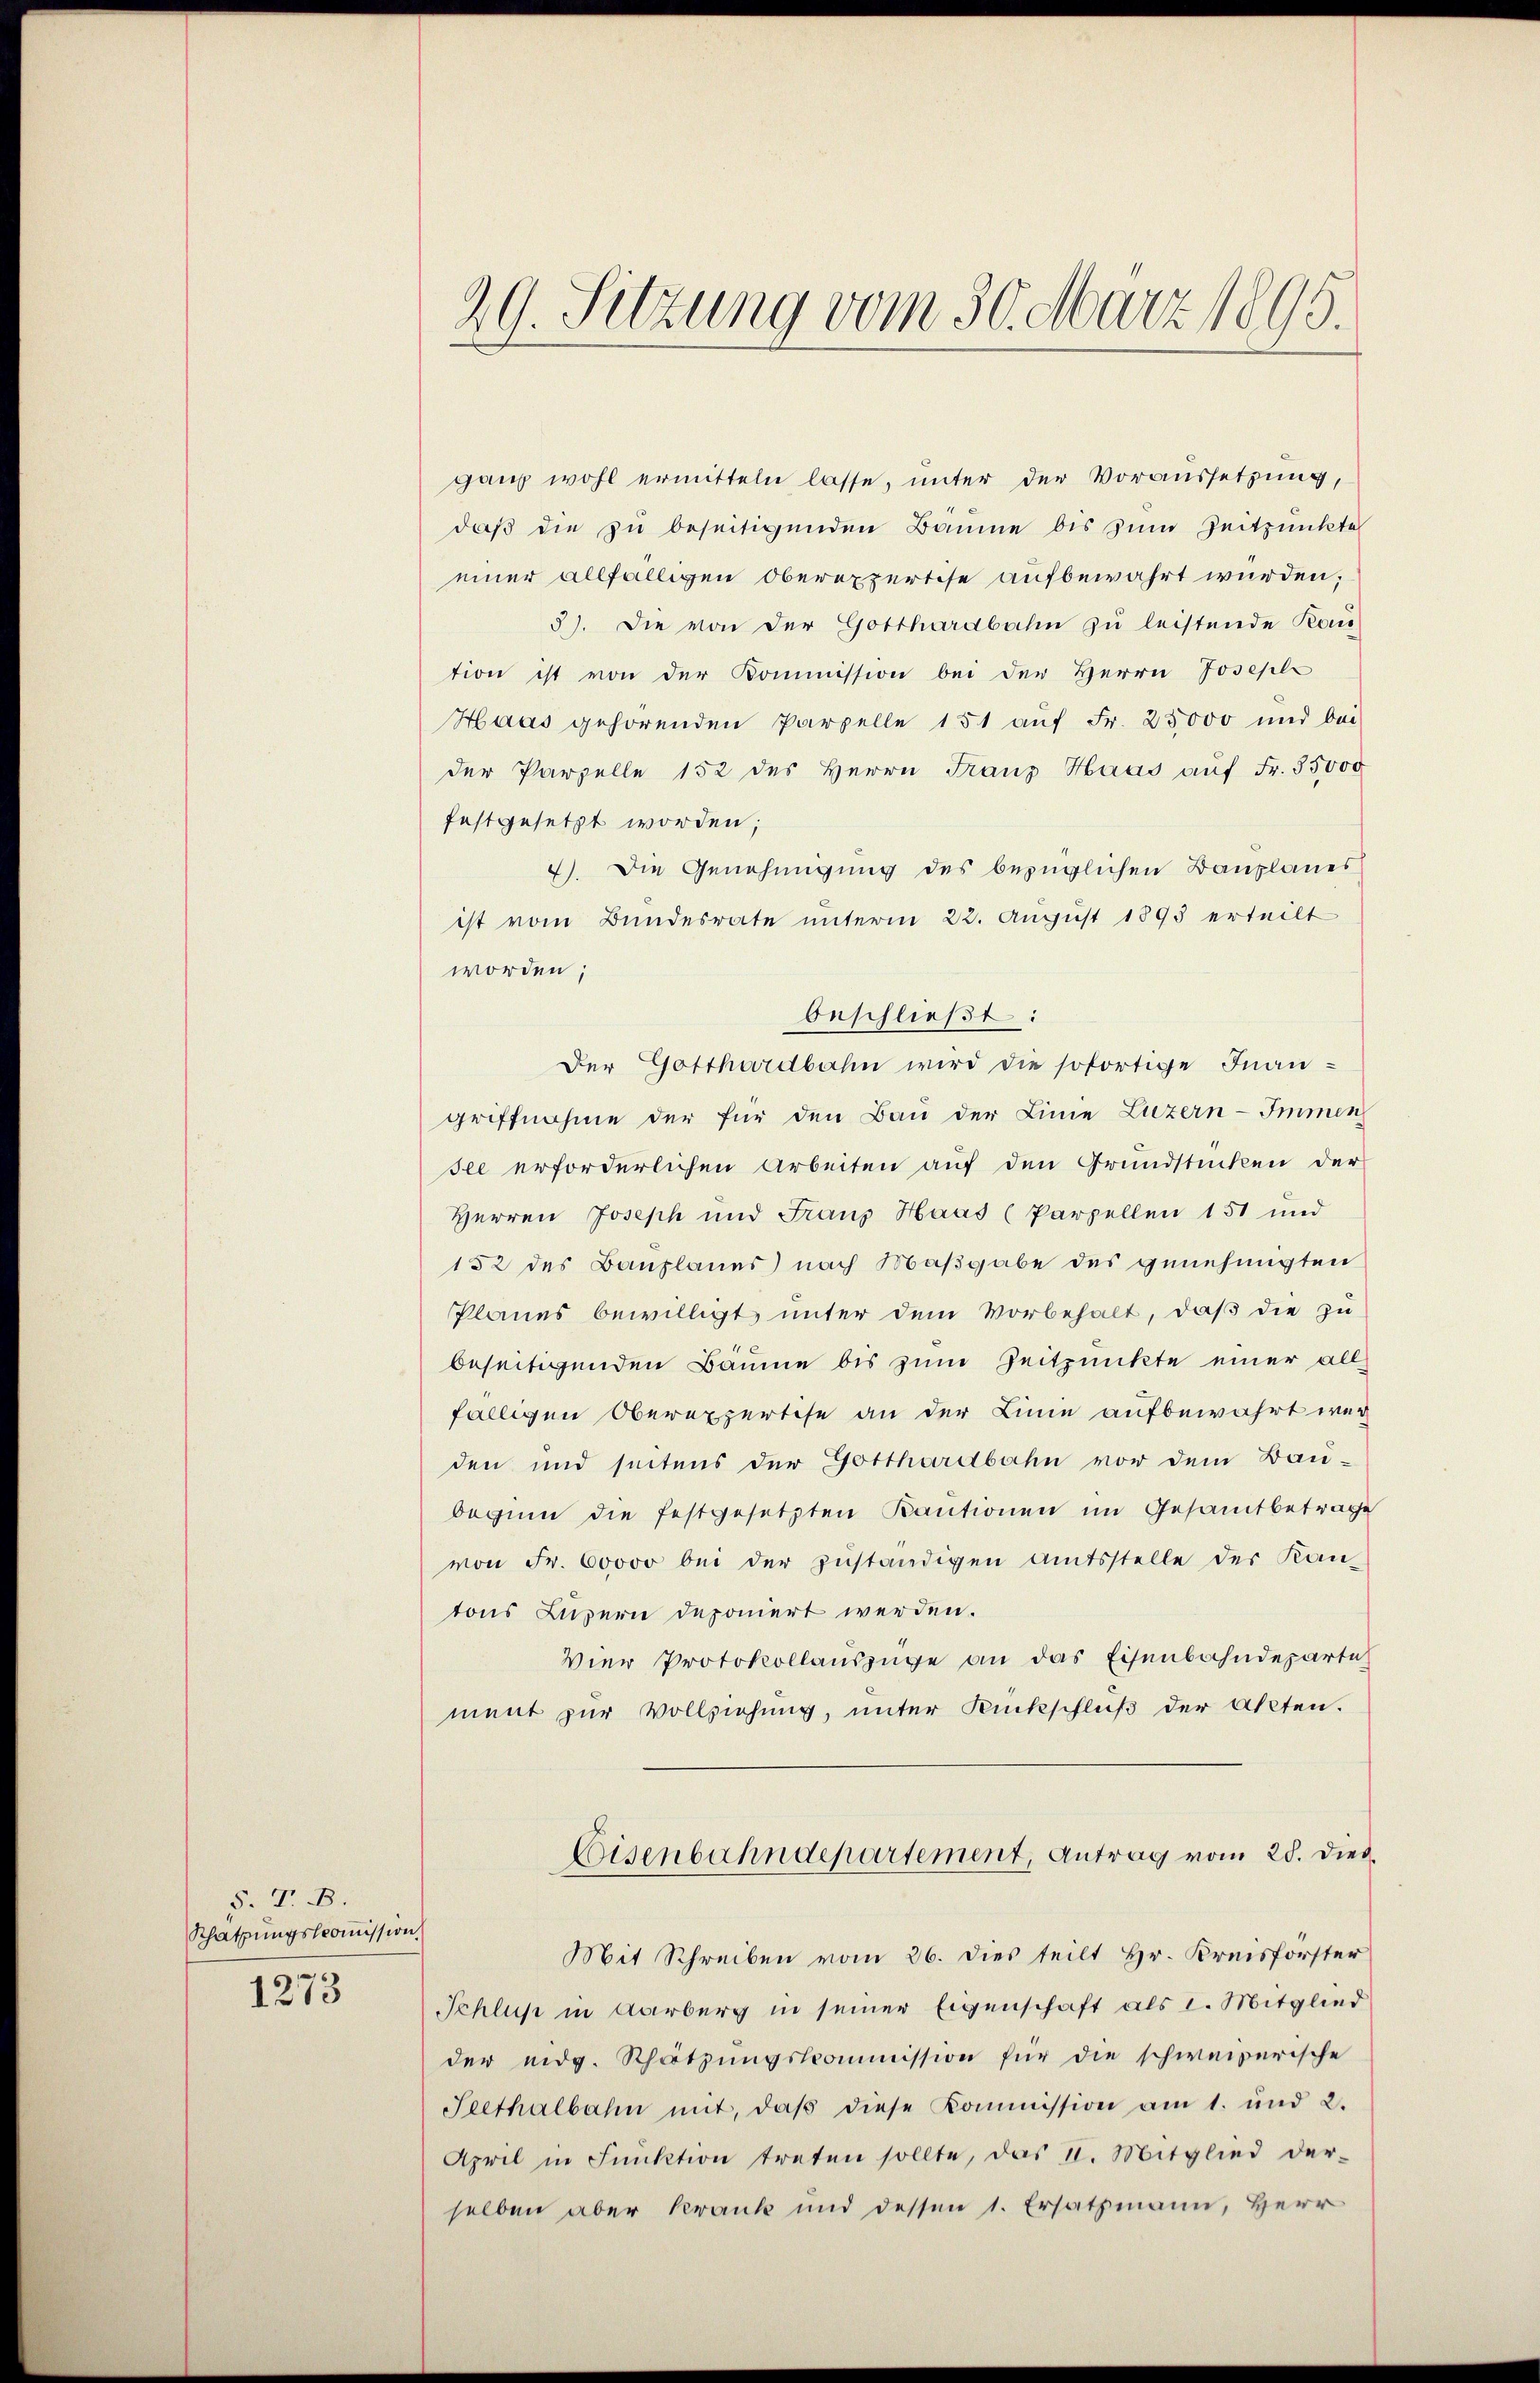
S. T. B.
Schatzungskommission

1273

29. Sitzung vom 30. März 1895.

ganz wohl ermitteln lasse, unter der Voraussetzung,
daß die zu beseitigenden Baume bis zum Zeitpunkte
einer allfälligen Oberexpertise aufbewahrt wurden;
5). Die von der Gotthardbahn zu leistende Rous
tion ist von der Kommission bei der Herrn Josepli
Haas gehörenden Parzelle 151 auf Fr. 25000 und bei
der Parzelle 152 des Herrn Franz Haas aŭf Fr. 35000
festgesetzt worden;
4). Die Genehmigung des bezüglichen Bauplanes
ist vom Bundesrate unterm 22. August 1893 erteilt
worden;
beschließt:
Der Gotthardbahn wird die sofortige Inan-
griffnahme der für den Bau der Linie Luzern-Immen
see erforderlichen Arbeiten auf den Grundstücken der
Herren Joseph und Franz Haas (Parzellen 151 und
152 des Bauplanes nach Maßgabe des genehmigten
Planes bewilligt, unter dem Vorbehalt, daß die zu
beseitigenden Bäume bis zum Zeitpunkte einer allfälligen Oberexpertise an der Linie aufbewahrt wer
den und seitens der Gotthardbahn vor dem Bau-
begum die festgesetzten Kantionen im Gesamtbetrage
von Fr. 60000 bei der zŭständigen Amtsstelle der Kan-
tons Luzern deponiert werden.
Vier Protokollauszüge an das Eisenbahndeparte
ment zur Vollziehung, unter Rückschluß der Akten.
Eisenbahndepartement, Antrag vom 28. Dies
Mit Schreiben vom 26. dies teilt Hr. Kreisforster
Schluß in Aarburg in seiner Eigenschaft als I. Mitglied
der eidg. Schätzungskommission für die schweizerische
Seethalbahn mit, daβ diese Kommission am 1. und 2.
April in Funktion treten sollte, das 11. Mitglied der-
selben aber Krank und dessen 1. Ersatzmann, Herr